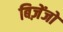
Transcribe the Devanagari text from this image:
बिज़ेंजो